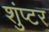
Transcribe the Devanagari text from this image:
शुंप्टर